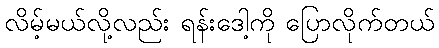
လိမ့်မယ်လို့လည်း ရန်းဒေါ့ကို ပြောလိုက်တယ်